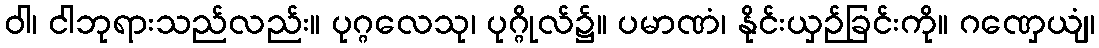
ဝါ၊ ငါဘုရားသည်လည်း။ ပုဂ္ဂလေသု၊ ပုဂ္ဂိုလ်၌။ ပမာဏံ၊ နိုင်းယှဉ်ခြင်းကို။ ဂဏှေယျံ၊